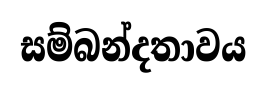
සම්බන්දතාවය